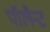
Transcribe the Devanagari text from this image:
पॉलैन्ट